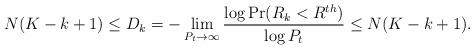
LaTeX: \begin{align*} N (K - k + 1) \leq D_k= - \lim_{P_t \rightarrow \infty} \frac{\log \Pr(R_k < R^{th})}{\log P_t} \leq N (K - k + 1).\end{align*}